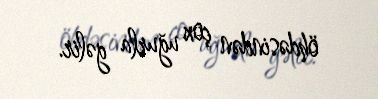
öhdəsindən çox uğurla gəlir.